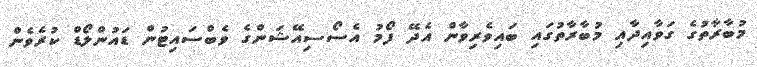
މުބާރާތުގެ ގަވާއިދާއި މުބާރާތުގައި ބައިވެރިވާން އެދޭ ފޯމު އެސޯސިއޭޝަންގެ ވެބްސައިޓުން ޑައުންލޯޑް ކުރެވެން